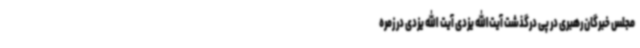
مجلس خبرگان رهبری در پی درگذشت آیت‌الله یزدی آیت الله یزدی در زمره